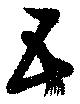
五